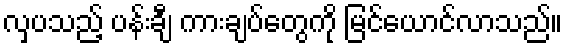
လှပသည့် ပန်းချီ ကားချပ်တွေကို မြင်ယောင်လာသည်။